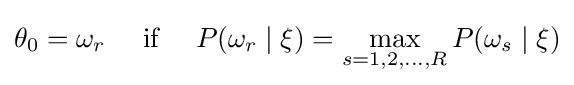
\theta _{0}=\omega _{r}\quad {\text{ if }}\quad P(\omega _{r}\mid \xi )=\max _{s=1,2,\ldots ,R}P(\omega _{s}\mid \xi )